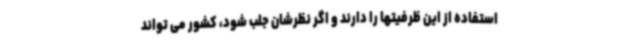
استفاده از این ظرفیتها را دارند و اگر نظرشان جلب شود، کشور می تواند